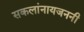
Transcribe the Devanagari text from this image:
सकलांनायजननी